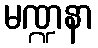
မဏ္ဍနာ